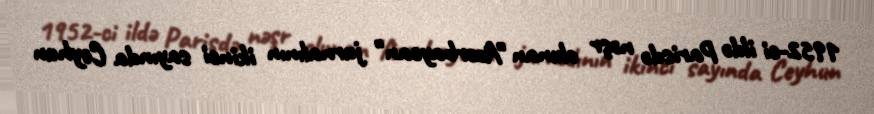
1952-ci ildə Parisdə nəşr olunan "Azərbaycan" jurnalının ikinci sayında Ceyhun